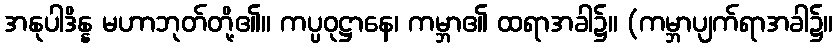
အနုပါဒိန္န မဟာဘုတ်တို့၏။ ကပ္ပဝုဋ္ဌာနေ၊ ကမ္ဘာ၏ ထရာအခါ၌။ (ကမ္ဘာပျက်ရာအခါ၌။